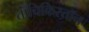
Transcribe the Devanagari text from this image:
तॉचिकिस्तॉन